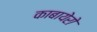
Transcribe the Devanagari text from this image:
काबायेरो